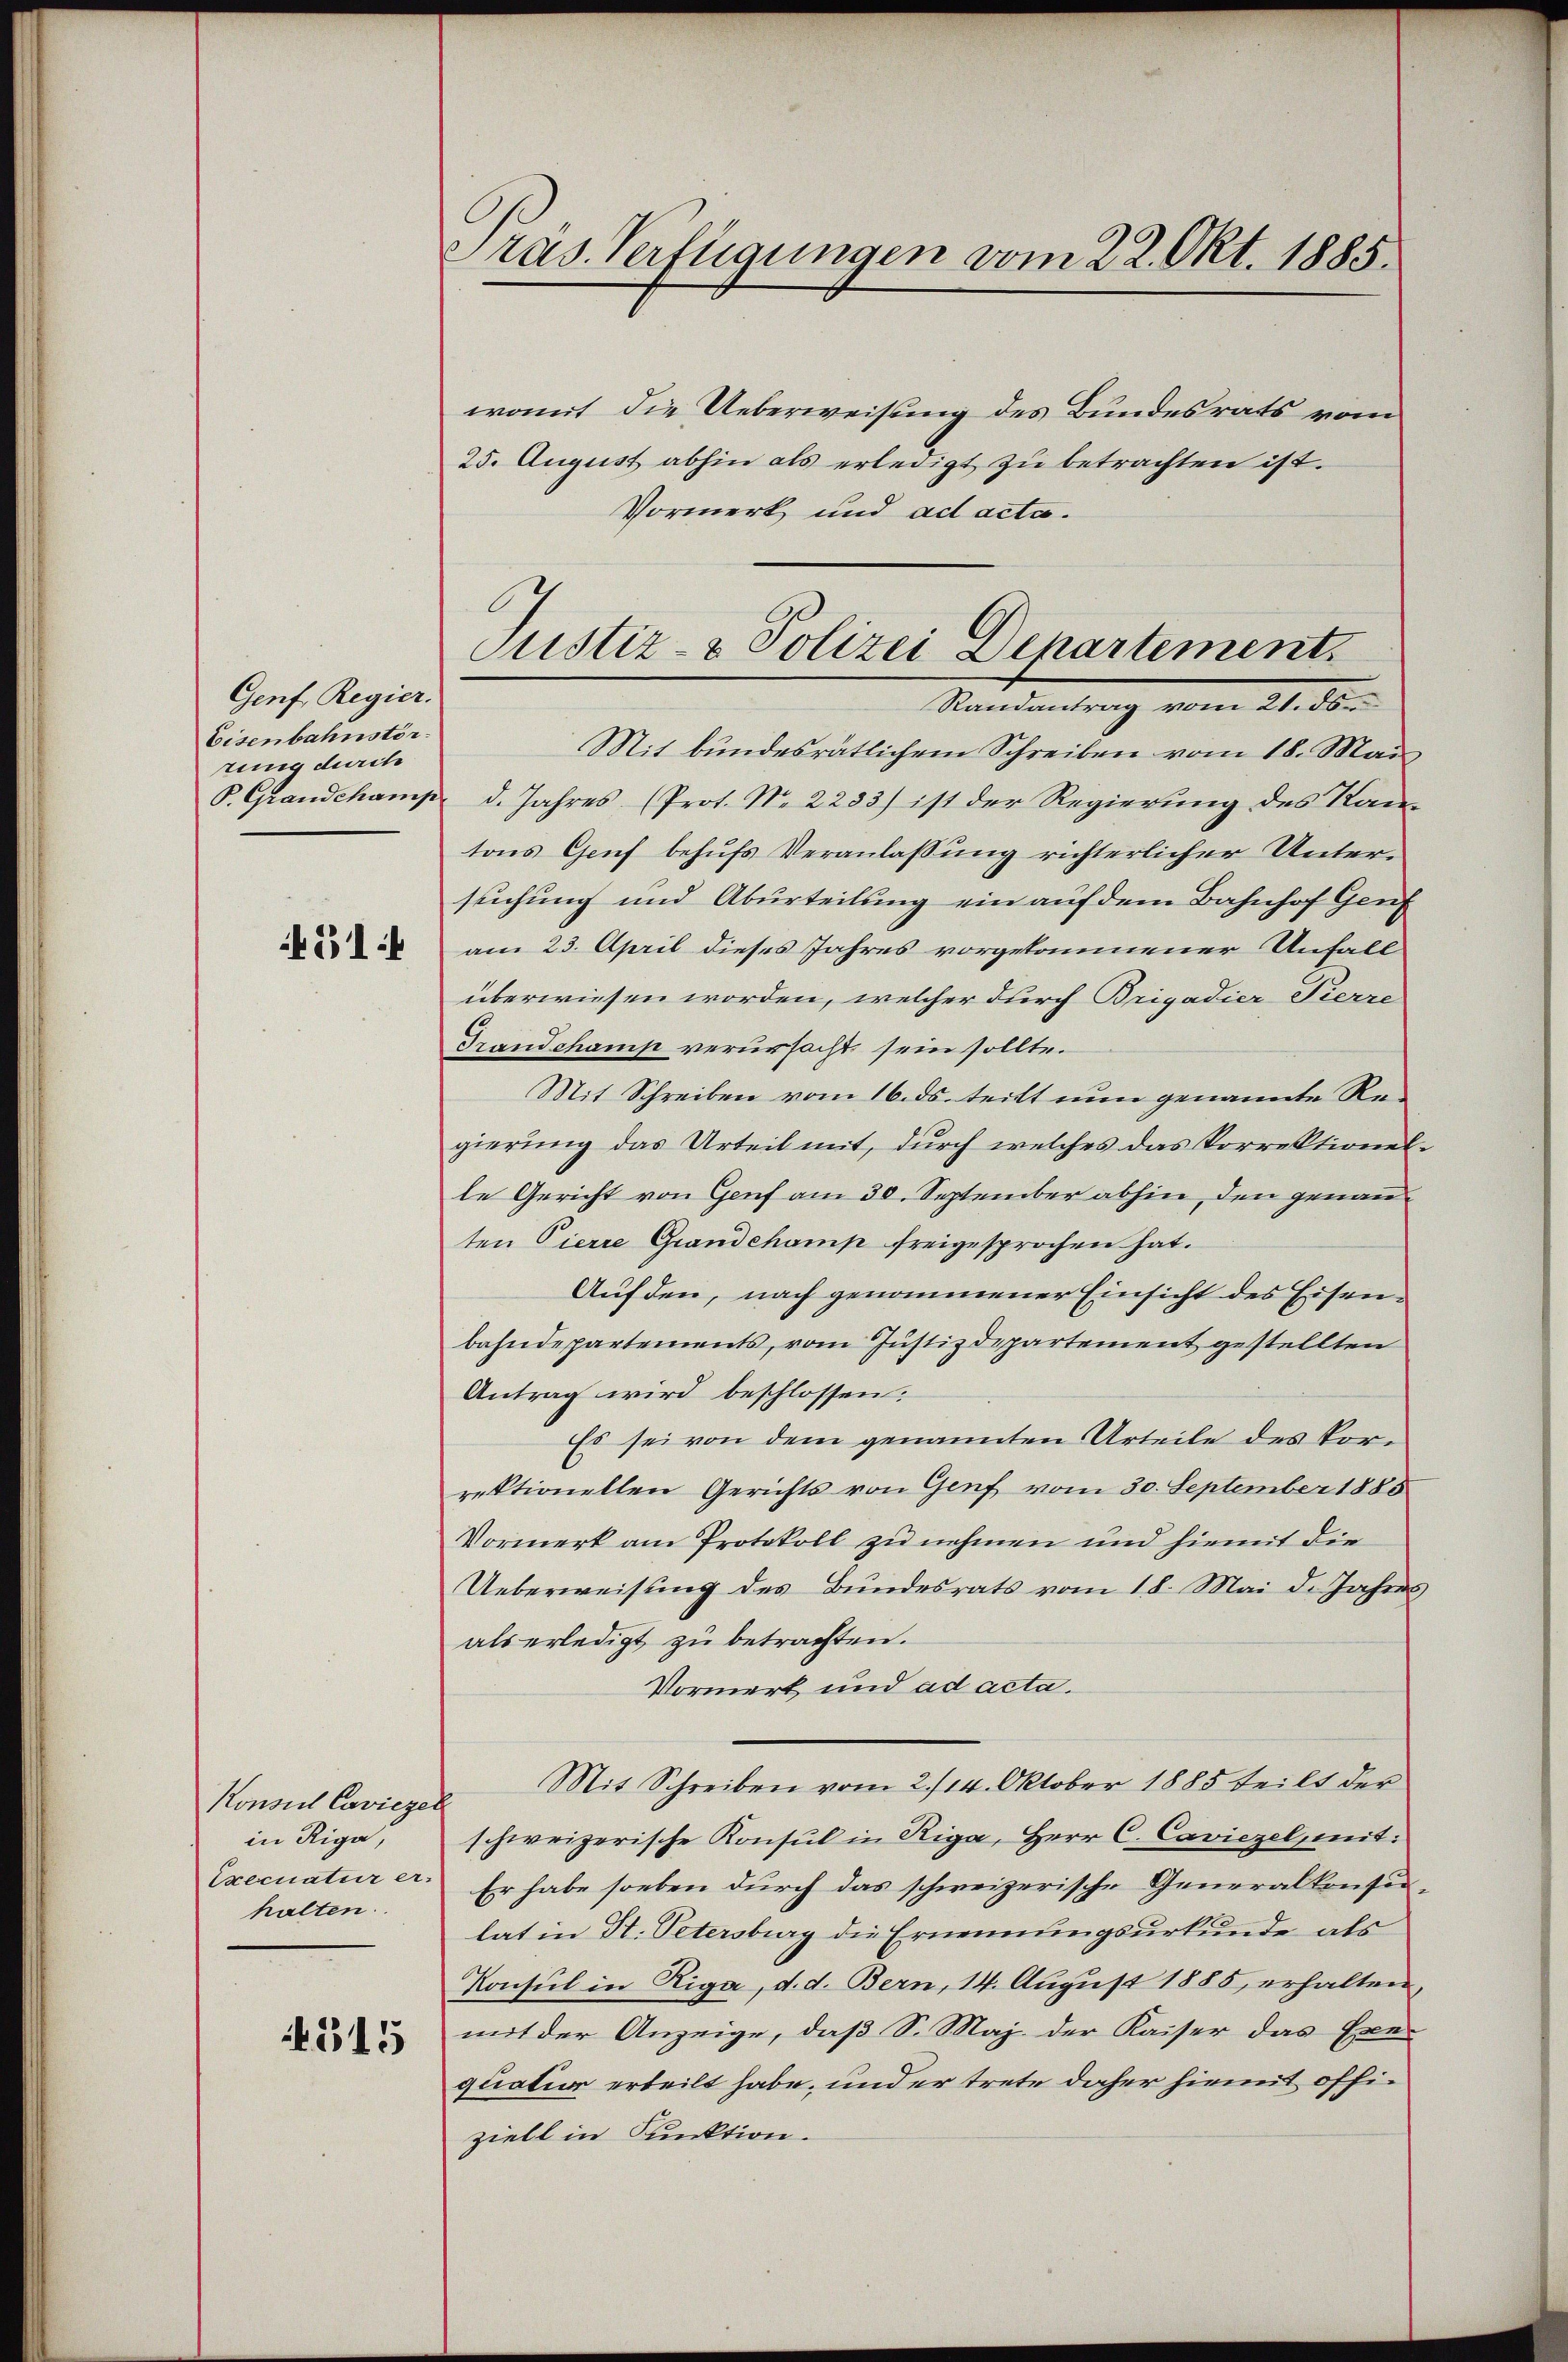
Genf, Regier.
Eisenbahnstor.
rung durch
P. Grandchamp
451 f

Konnel Caviezel
in Riga,
Execuatur er-
halten.

515

Präs. Verfügungen vom 22. Okt. 1885.

womit die Ueberweisung des Bundesrats vom
25. August abhin als erledigt zu betrachten ist.
Vormerk und ad acta.
Mit bundesrätlichem Schreiben vom 18. Mai
d. Jahres (Prot. N. 2233) ist der Regierung des Kantons Genf behufs Veranlassung richterlicher Untersuchung und Aburteilung ein auf dem Bahnhof Genf
am 23. April dieses Jahres vorgekommener Unfall
überwiesen worden, welcher durch Brigadier Pierre
Transchamp verursacht sein sollte.
Mit Schreiben vom 16. ds. teilt nun genannte Regierung das Urteil mit, durch welches das Vorrektionelle Gericht von Genf am 30. September abhin, den genannten Pierre Grandchamp freigesprochen hat.
Aufden, nach genommener Einsicht des Eisenbahndepartements, vom Justizdepartement gestellten
Antrag wird beschlossen.
Es sei von dem genannten Urteile des Vorrektionellen Gerichts von Genf vom 30. September 1885
Vormerk am Protokoll zu nehmen und hiemit die
Ueberweisung des Bundesrats vom 18. Mai d. Jahres
als erledigt zu betrachten.
Vormerk und ad acta.
Mit Schreiben vom 2./14. Oktober 1885 teilt der
schweizerische Konsul in Riga, Herr C. Caviezel, mit:
Er habe soeben durch das schweizerische Generalkonsulat in Dr. Petersburg die Ernennungsurkunde als
Konsul in Riga, d. d. Bern, 14. August 1885, erhalten,
mit der Anzeige, daß S. Maj der Kaiser das Exe-
quation erteilt habe, und er trete daher hiemit offiziell in Funktion.

Justiz- & Polizei Departement.
Randantrag vom 21. ds.